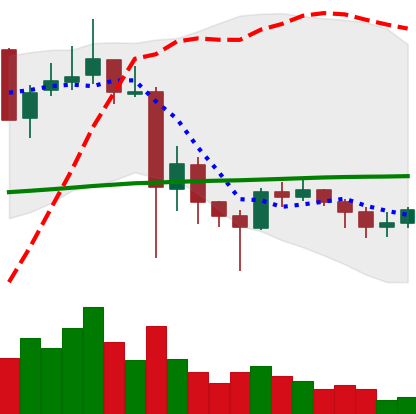
Ticker: XLM-USD
Chart end date: 2021-05-31
Forward return: -6.948%
Label: down_5_7